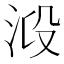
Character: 𣴂